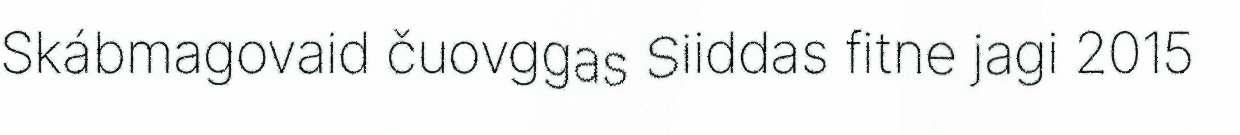
Skábmagovaid čuovggas Siiddas fitne jagi 2015